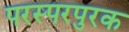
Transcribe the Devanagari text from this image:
परस्परपुरक